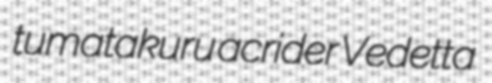
tumatakuru acrider Vedetta